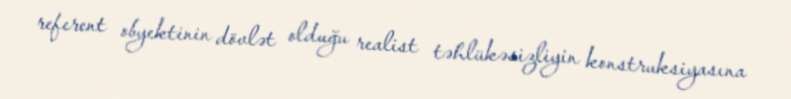
referent obyektinin dövlət olduğu realist təhlükəsizliyin konstruksiyasına